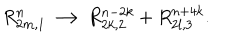
LaTeX: R _ { 2 m , 1 } ^ { n } \longrightarrow R _ { 2 k , 2 } ^ { n - 2 k } + R _ { 2 l , 3 } ^ { n + 4 k } .